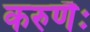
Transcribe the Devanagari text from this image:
करुणैः